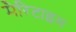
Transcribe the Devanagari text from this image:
मैरिटाइम